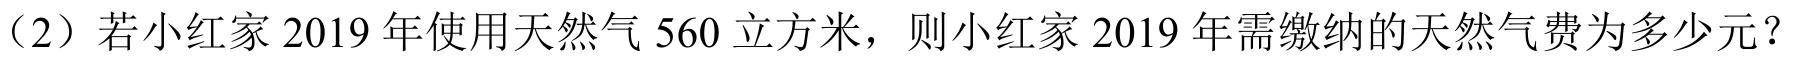
（2）若小红家2019年使用天然气560立方米，则小红家2019年需缴纳的天然气费为多少元？